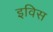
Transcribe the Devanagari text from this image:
इविस